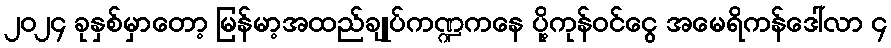
၂၀၂၄ ခုနှစ်မှာတော့ မြန်မာ့အထည်ချုပ်ကဏ္ဍကနေ ပို့ကုန်ဝင်ငွေ အမေရိကန်ဒေါ်လာ ၄